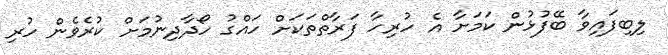
ލިބިފައިވާ ބޭފުޅުން ކަމަށާ އެ ހުރިހާ ފަރާތްތަކަށް ހައްގު ހޯދާދިނުމަށް ކުރެވެން ހުރި